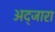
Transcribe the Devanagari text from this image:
अद्जारा